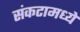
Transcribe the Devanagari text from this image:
संकटामध्ये